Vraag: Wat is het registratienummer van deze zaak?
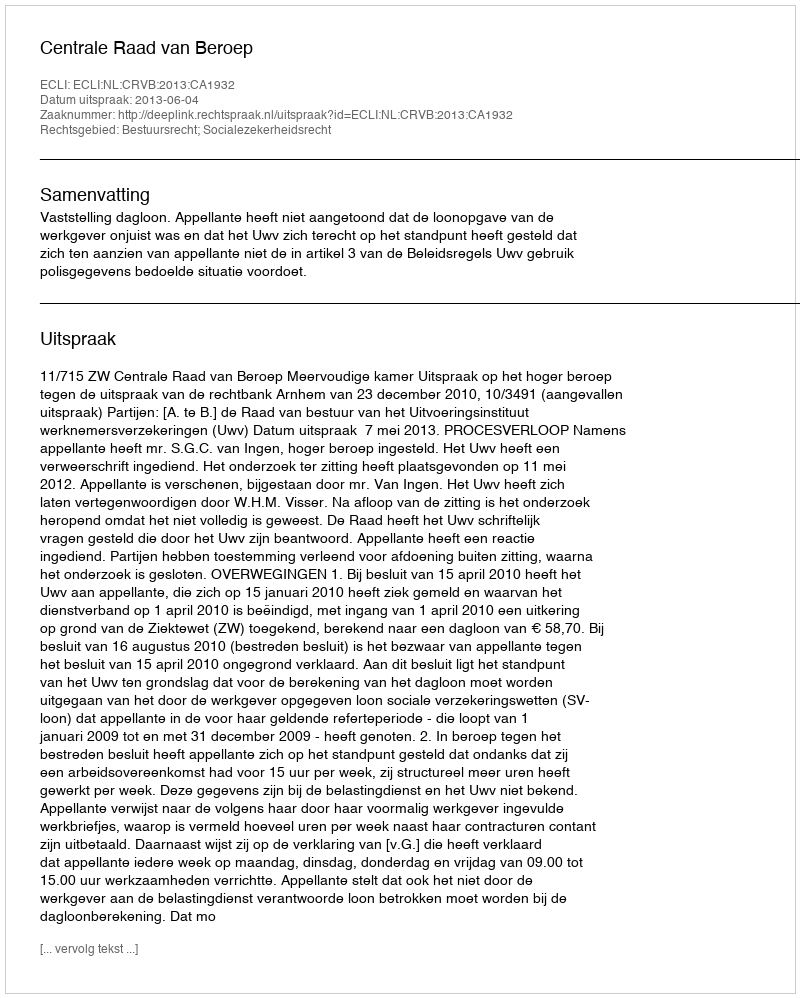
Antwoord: http://deeplink.rechtspraak.nl/uitspraak?id=ECLI:NL:CRVB:2013:CA1932